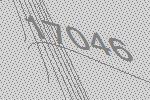
17046